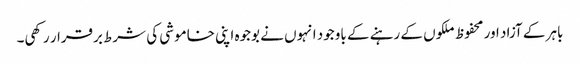
باہر کے آزاد اور محفوظ ملکوں کے رہنے کے باوجود انہوں نے بوجوہ اپنی خاموشی کی شرط برقرار رکھی۔